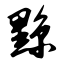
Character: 黥